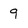
Character: 9